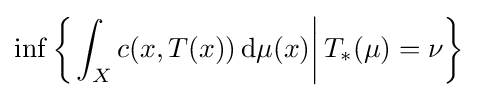
\inf \left\{\left.\int _{X}c(x,T(x))\,\mathrm {d} \mu (x)\right|T_{*}(\mu )=\nu \right\}